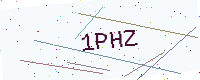
Text: 1PHZ